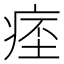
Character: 𤷁